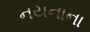
નયનાના